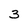
Character: 3